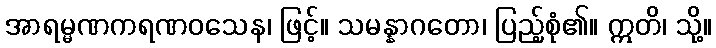
အာရမ္မဏကရဏဝသေန၊ ဖြင့်။ သမန္နာဂတော၊ ပြည့်စုံ၏။ ဣတိ၊ သို့။